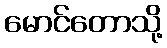
မောင်တောသို့